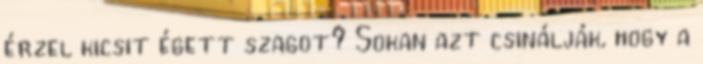
érzel kicsit égett szagot? Sokan azt csinálják, hogy a